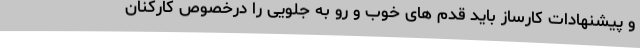
و پیشنهادات کارساز باید قدم های خوب و رو به جلویی را درخصوص کارکنان